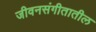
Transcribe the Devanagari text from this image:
जीवनसंगीतातील